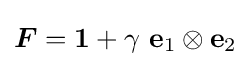
{\boldsymbol {F}}={\boldsymbol {1}}+\gamma ~\mathbf {e} _{1}\otimes \mathbf {e} _{2}